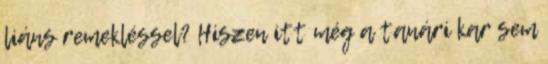
liáns remekléssel? Hiszen itt még a tanári kar sem